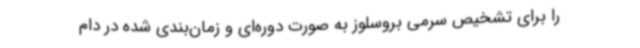
را برای تشخیص سرمی بروسلوز به صورت دوره‌ای و زمان‌بندی شده در دام